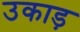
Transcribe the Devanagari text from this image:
उकाड़